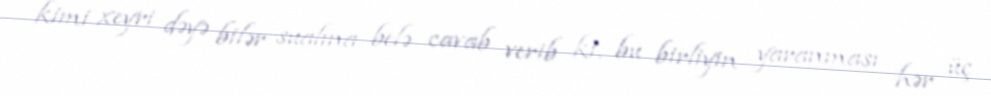
kimi xeyri dəyə bilər sualına belə cavab verib ki, bu birliyin yaranması hər üç